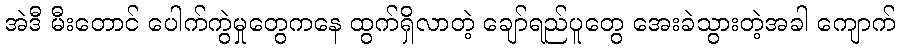
အဲဒီ မီးတောင် ပေါက်ကွဲမှုတွေကနေ ထွက်ရှိလာတဲ့ ချော်ရည်ပူတွေ အေးခဲသွားတဲ့အခါ ကျောက်